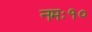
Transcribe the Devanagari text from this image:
नमः१०